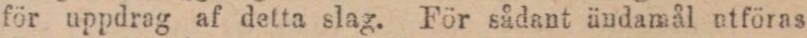
för uppdrag af detta slag. För sådant ändamål utföras